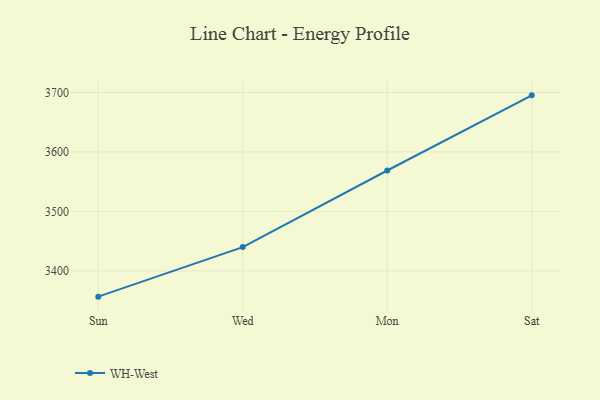
{"axis": {"x": "Day", "y": "Active Users"}, "legend": ["WH-West"], "data": [{"x": "Sun", "y": 3356.8, "type": "WH-West"}, {"x": "Wed", "y": 3440.1, "type": "WH-West"}, {"x": "Mon", "y": 3568.8, "type": "WH-West"}, {"x": "Sat", "y": 3695.1, "type": "WH-West"}]}